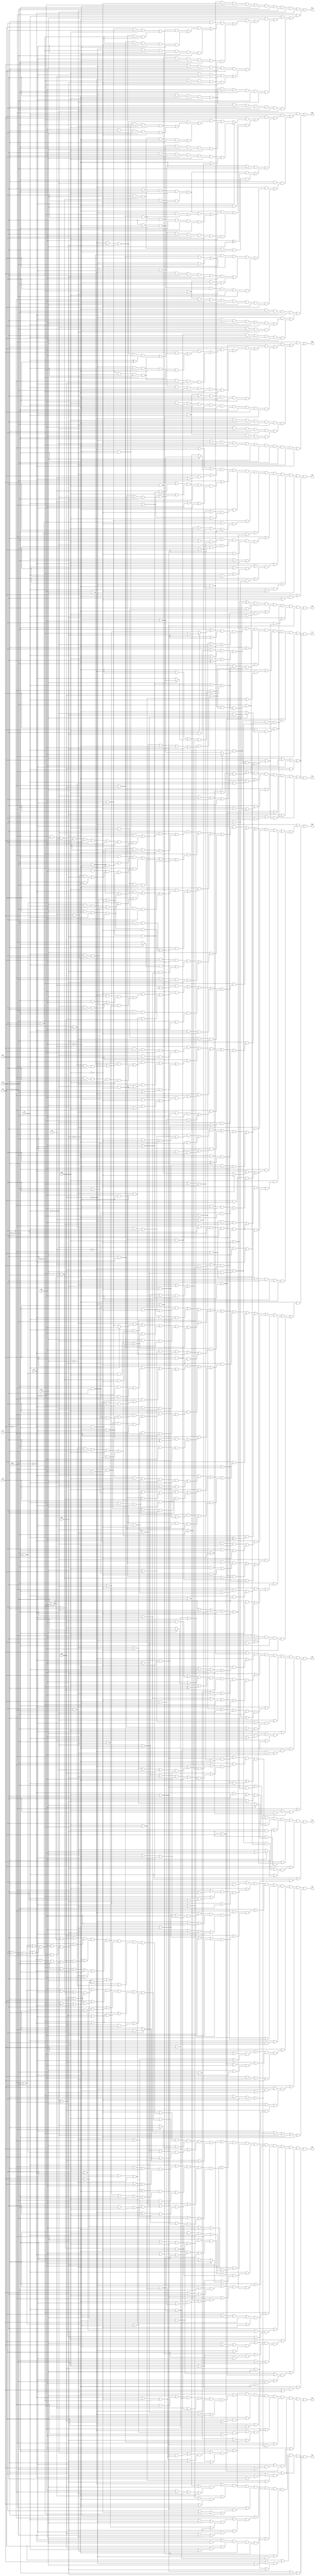
// Benchmark "misex3" written by ABC on Sat Apr 29 10:29:54 2023

module misex3 ( 
    x0, x1, x2, x3, x4, x5, x6, x7, x8, x9, x10, x11, x12, x13,
    f0, f1, f2, f3, f4, f5, f6, f7, f8, f9, f10, f11, f12, f13  );
  input  x0, x1, x2, x3, x4, x5, x6, x7, x8, x9, x10, x11, x12, x13;
  output f0, f1, f2, f3, f4, f5, f6, f7, f8, f9, f10, f11, f12, f13;
  assign f0 = (x1 | (~x13 & ~x12)) & (~x13 | (~x12 & (~x5 | x6 | x3 | ~x4))) & (x12 | ((x2 | (x13 & x5)) & (x5 | (x3 ? x4 : x13)) & (x10 | (~x9 ^ x7)) & (x8 | x7) & (~x2 | ~x5 | ~x3 | ~x4) & (~x11 | ~x8 | ~x10 | ~x9 | ~x7))) & (~x11 | ((~x10 | ~x9 | ~x7 | ~x6 | ~x8) & (x8 | x9 | x7))) & (~x6 | ((x2 | x3 | x4) & (x9 | ~x7 | ~x8 | x10))) & (x4 | ((x3 | (~x12 & (x5 | x6))) & (x0 | ~x12))) & (~x12 | ((x6 | (x7 & (x10 | ~x9))) & (~x0 | ~x3 | ~x4))) & (x11 | ((x10 | (x9 & (~x8 | x7))) & (~x9 | x7 | x8 | ~x10)));
  assign f1 = (~x8 | ((~x7 | ((~x6 | ((~x11 | ~x10 | ~x9) & (x10 | x9))) & (~x11 | ~x10 | ~x9 | x12))) & (x11 | x10 | x7))) & (~x12 | ((x3 | (~x1 & ~x4)) & (x6 | (x7 & (x10 | ~x9))) & (x0 | (x1 & x4)) & ~x13 & (x5 | ~x4 | ~x0 | ~x1))) & (x3 | (x2 & (x13 | x12))) & (~x13 | (x2 & (x1 | x5))) & (~x4 | ((~x0 | ((~x1 | ~x2 | ~x5) & (x2 | x5))) & (~x2 | ~x5 | x12 | (x13 & ~x1)))) & (x11 | ((x10 | x9) & (~x9 | x7 | x8 | ~x10))) & (x7 | ((x8 | (x12 & (~x11 | x9))) & (x10 | ~x9 | x12))) & (x5 | ((x4 | (x12 & (x1 | ~x2))) & (x2 | x12))) & (x10 | x9 | ~x7 | x12);
  assign f2 = (~x0 | ((x4 | ~x2 | x3) & (~x4 | ~x1 | ~x3 | ~x12))) & (x0 | ((x4 | ~x3 | ~x5) & (x1 | ~x12))) & (~x8 | ((~x7 | ((~x6 | ((x10 | x9) & (~x11 | ~x10 | ~x9))) & (~x11 | ~x10 | ~x9 | x12))) & (x11 | x10 | x7))) & (x11 | ((x10 | x9) & (x8 | ~x10 | ~x9 | x7))) & (~x5 | ((~x1 | ((x6 | ~x13 | x3) & (~x2 | ~x3 | x12))) & (x12 | (x4 & (x13 | ~x2 | ~x3))))) & (x5 | ((x4 | (~x2 & x3)) & (x2 | (x13 & (x6 | ~x3))) & ~x12 & (~x13 | x1))) & (~x12 | (~x13 & (x6 | (x7 & (x10 | ~x9))))) & (x2 | ((x1 | (~x13 & x3)) & (x13 | x3 | x12))) & (x7 | ((x8 | (x12 & (~x11 | x9))) & (x10 | ~x9 | x12))) & (x10 | x9 | ~x7 | x12);
  assign f3 = (x8 | (x7 & ~x12)) & (x10 | ((x11 | (x9 & x7)) & (~x9 | (x6 & (x7 | x12))) & (x9 | ~x6 | ~x7))) & (~x2 | ((~x1 | ((~x0 | ((~x5 | ~x3 | ~x4) & (x3 | ~x12 | x4))) & (~x13 | ~x5 | ~x4) & (x5 | ~x3 | x12 | x4))) & (x13 | ((~x5 | ~x3 | x12 | ~x4) & (x5 | x1 | x4))))) & (~x12 | (~x13 & (x0 | (x1 & (~x3 | x4))))) & (x6 | (x7 & x12)) & (x5 | ((~x13 | ((x1 | ~x4) & (~x3 | ~x1 | x4))) & (x13 | ((x12 | x2 | ~x4) & (x3 | x4))) & (x2 | ~x4 | ~x3 | x1))) & (x2 | ((x1 | (~x13 & (~x5 | x3))) & (x3 | x12 | (x13 & x4)))) & (~x8 | ~x11 | ~x9 | ~x6 | ~x10 | ~x7);
  assign f4 = (x11 | ((x9 | x10) & (x8 | ~x9 | ~x10 | ~x12))) & (~x2 | ((~x1 | ((~x0 | ((~x3 | ~x4 | ~x6 | ~x5) & (x3 | ~x12 | x4))) & (~x3 | x12 | ((~x6 | ~x5 | ~x4) & (x5 | x4))))) & (x13 | ((~x6 | ~x5 | ~x3 | x12 | ~x4) & (x1 | x5 | x4))))) & (~x12 | ((x0 | (x1 & (~x3 | x4))) & ~x13 & x6)) & (~x8 | ((x9 | x10) & (~x7 | ~x9 | ~x10))) & (x8 | ((~x11 | x7 | x9) & (x10 | x12))) & (x7 | (x10 & x12)) & (x1 | ((~x13 | (x2 & (x5 | ~x4))) & (x2 | (x5 ? x3 : (~x3 | ~x4))))) & (x2 | ((x12 | ((x13 | (x3 & (x5 | ~x4))) & (~x6 | x3 | x4))) & (x6 | (x5 ? (x3 | ~x4) : ~x3)))) & (x5 | x4 | (x6 & (x13 | x3)));
  assign f5 = (~x9 | ~x7 | ~x10 | (~x6 & x12)) & (x7 | (x10 & ~x12)) & (~x2 | ((~x1 | ((~x0 | ~x12 | (x3 ? (~x5 | ~x4) : x4)) & (~x3 | x12 | ((~x6 | ~x5 | ~x4) & (x5 | x4))))) & (x13 | ((x1 | x5 | x4) & (~x6 | ~x3 | ~x5 | ~x4 | x12))) & (x5 | x4 | x6 | x1))) & (~x12 | ((x0 | (x1 & (~x3 | x4))) & ~x13 & (x10 | x6))) & (x1 | ((~x13 | (x2 & (x5 | ~x4))) & (x2 | (x3 ? (x5 | ~x4) : ~x5)))) & (x12 | (x8 & (x2 | ((x13 | (x3 & (x5 | ~x4))) & (x6 | (x3 ? x5 : (~x5 | ~x4))) & (~x6 | x3 | x4))))) & (x9 | x10) & (x3 | x5 | x4 | (x13 & x6));
  assign f6 = (x11 | ((~x8 | x7 | x10) & (~x6 | ~x12 | x8 | ~x10))) & (~x2 | ((~x1 | ((~x0 | ~x12 | (x3 ? (~x5 | ~x4) : x4)) & (~x3 | x12 | ((x5 | x4) & (~x6 | ~x5 | ~x4))))) & (x13 | ((x1 | x5 | x4) & (~x6 | ~x3 | ~x5 | ~x4 | x12))) & (x5 | x4 | x6 | x1))) & (~x12 | ((x0 | (x1 & (~x3 | x4))) & ~x13 & (x6 | (x7 & x10)))) & (~x7 | (x9 & (~x8 | ~x10 | (~x6 & x12)))) & (x9 | (x8 & ~x10)) & (x12 | ((x7 | (x8 & x10)) & (x2 | ((x13 | (x3 & (x5 | ~x4))) & (x6 | (x3 ? x5 : (~x5 | ~x4))) & (~x6 | x3 | x4))))) & (x1 | ((~x13 | (x2 & (x5 | ~x4))) & (x2 | (x3 ? (x5 | ~x4) : ~x5)))) & (x3 | x5 | x4 | (x13 & x6));
  assign f7 = (~x7 | ((~x8 | (x10 ? (~x9 | x12) : (x9 | ~x6))) & (x10 | x9 | x12) & (~x10 | ~x9 | ~x6 | ~x12))) & (x7 | ((x8 | (x9 & x12)) & (x6 | ~x12) & (x10 | (x9 ^ ~x12)))) & (~x2 | ((~x1 | ((~x0 | ~x12 | (x3 ? (~x5 | ~x4) : x4)) & (~x3 | x12 | ((x5 | x4) & (~x6 | ~x5 | ~x4))))) & (x5 | x4 | x6 | x1) & (x13 | ((x1 | x5 | x4) & (~x6 | ~x3 | ~x5 | ~x4 | x12))))) & (~x12 | ((x0 | (x1 & (~x3 | x4))) & ~x13 & (x10 | ~x9 | x6))) & (x1 | ((x2 | (x3 ? (x5 | ~x4) : ~x5)) & (~x13 | (x2 & (x5 | ~x4))))) & (x2 | x12 | ((x6 | (x3 ? x5 : (~x5 | ~x4))) & (~x6 | x3 | x4) & (x13 | (x3 & (x5 | ~x4))))) & x11 & (x3 | x5 | x4 | (x13 & x6));
  assign f8 = (~x1 | ~x0 | (x3 ? (~x5 | ~x4) : (x4 | ~x2))) & (~x3 | (x2 & (x0 | x4))) & (~x2 | ((x1 | (x0 & (x5 | x4))) & (x10 | ((x6 | x11) & (x9 | ~x7 | ~x6 | ~x8))) & x12 & (x0 | x5 | x4))) & (~x5 | ((~x8 | x2 | ~x10) & (x6 | x11 | x10))) & ((x5 & x4) | ((x8 | x2 | ~x10) & (~x6 | ~x8 | x10 | x9 | ~x7))) & (~x7 | ((x8 | x2) & (~x9 | ~x6 | ~x8 | ~x11 | ~x10))) & (x11 | ((x7 | ((~x8 | x10) & (~x9 | x8 | ~x10))) & (~x6 | (x2 & (x9 | x10))) & (x2 | ~x10) & (x6 | ~x8 | x10))) & (~x11 | ((x10 | ((x6 | x2) & (~x9 | (x6 & x2)))) & (x7 | (x6 & (x9 | x8))))) & (x7 | ((~x8 | x2) & (x6 | ~x10))) & ~x13 & (x2 | (~x12 & (x9 | ~x10)));
  assign f9 = (x12 | ((~x10 | ((x13 | (x9 & (~x2 | ~x4))) & (x4 | ((x5 | ((~x1 | ~x2 | (~x8 & ~x7)) & (x6 | (x9 & x8 & x11)))) & (x2 | x8 | x7))) & (~x5 | ((x8 | x7) & (~x11 | ~x7 | ~x9 | ~x8))) & (~x9 | ~x8 | ~x11 | ~x7 | (~x3 & ~x4)) & (x9 | (x3 & (x1 | x2))) & (x3 | (x8 & x11)) & (x8 | x11 | x7))) & (x10 | ((x5 | ((~x1 | ~x2 | x4 | (~x9 & x7)) & (~x6 | x11 | x7))) & (x2 | ((~x6 | x11 | x7) & (x1 | ~x9 | ~x11))) & (x9 | ((x8 | ~x11) & (x6 | ~x7))) & (x7 | ((~x9 | ~x11) & (~x6 | x11 | x4))) & (~x9 | ~x11 | (x13 & x3)))) & (x3 | (x11 ? x7 : ~x6)) & (x1 | ((x5 | ~x4 | (~x8 & ~x7)) & (x2 | (x8 ? (x11 & x7) : ~x7)))) & (x13 | (x8 ? (x11 & x7) : ~x7)))) & (~x4 | ((x6 | ((x11 | x7 | x10) & (~x3 | x2 | x5))) & (((~x3 | ~x1 | ~x12) & (x9 | ~x6 | ~x8 | ~x7 | x10)) | (~x2 & x5)) & (~x7 | ((~x3 | ~x6 | ((~x1 | ~x2 | ~x5) & (x9 | ~x8 | x10))) & (~x13 | x9 | x10))) & (~x3 | ~x1 | ~x2 | ((~x5 | ~x6 | (~x11 & ~x10)) & (x8 | x7 | ~x10))))) & (~x3 | ((x1 | x2 | x5 | ~x12) & (x7 | x10 | x6 | x11))) & (x6 | ((x3 | ((x11 | ~x7 | x10) & (x1 | x2 | ~x5))) & ((~x12 & (x5 | ~x11 | x4)) | (x7 & (~x9 | x10))) & (x8 | x7 | ~x10) & (x11 | x10 | (x5 ? x7 : (x4 | ~x7))))) & (~x7 | ((~x13 | ((~x11 | ~x10 | ~x9 | ~x8) & (x1 | x9 | x10))) & (x9 | x10 | (x11 & (~x6 | ~x8 | (~x12 & (x4 | (x2 & ~x5)))))) & (~x9 | ~x6 | ~x8 | ~x11 | ~x10))) & (~x9 | ((x2 | ~x5 | x3 | x1) & (x8 | x11 | x7 | ~x10))) & (x9 | ((x8 | ~x11 | x7) & (~x6 | x11 | x10))) & (x7 | ((x2 | ((x3 | x1 | ~x5) & (~x13 | x8))) & (~x13 | x1 | ((x11 | x10) & (x8 | x4))) & (~x8 | x11 | x10))) & (x3 | ((x1 | x2 | ~x5 | (x8 & ~x10)) & (x4 | (~x2 & (x5 | ~x12))))) & (~x12 | (x0 & ~x13 & (x1 | x4)));
  assign f10 = (x11 & ((x3 & ((~x10 & x8 & ((x7 & ((x2 & ((~x4 & ((x1 & ((~x0 & ~x13 & x12 & x5 & (x6 ^ x9)) | (~x12 & ~x5 & x6 & ~x9))) | (~x13 & x6 & ~x9 & ~x12 & ~x5))) | (~x12 & ~x5 & x6 & ~x9 & ~x1 & x13 & x4))) | (~x13 & x4 & x6 & ~x5 & ~x2 & ~x9 & ~x12))) | (x4 & x6 & x9 & ~x12 & ~x5 & ~x7 & ((~x1 & x13 & x2) | (~x13 & ~x2))))) | (~x4 & x10 & x6 & x9 & ~x12 & ~x5 & ~x7 & ~x8 & x2 & (x1 | ~x13)))) | (~x13 & x10 & x9 & ~x12 & ~x2 & ~x3 & ((~x4 & ~x6 & ~x5 & x7 & x8) | (x4 & x6 & x5 & ~x7 & ~x8))))) | (~x13 & ~x10 & ~x6 & ~x9 & ~x12 & ~x5 & ~x7 & ~x8 & ~x2 & ~x3 & ~x11);
  assign f11 = (~x13 & ~x12 & ~x10 & ~x4 & ~x5 & ~x7 & ~x8 & ~x2 & ~x3 & ~x6 & ~x11) | (x11 & ((x6 & ((x3 & ((~x12 & ((x7 & x8 & ((x2 & (((x1 | ~x13) & ((x4 & x5 & x9 & x10) | (~x4 & ~x5 & ~x9 & ~x10))) | (~x1 & x13 & ~x9 & ~x10 & x4 & ~x5))) | (~x13 & ~x9 & ~x10 & x4 & ~x5 & ~x2))) | (x9 & x10 & x4 & ~x5 & ~x7 & ~x8 & ((~x13 & ~x2) | (~x1 & x13 & x2))))) | (x1 & ~x13 & x5 & x7 & x8 & x2 & ((x10 & x4 & x0 & x9) | (~x0 & ~x9 & x12 & ~x10 & ~x4))))) | (~x13 & x9 & ~x12 & x10 & x4 & x5 & ~x7 & ~x8 & ~x2 & ~x3))) | (~x13 & x9 & ~x12 & x10 & x4 & ~x5 & x7 & x8 & ~x2 & ~x3 & ~x6)));
  assign f12 = (x11 & ((x6 & ((x2 & ((x1 & (x4 ? (x9 & x5 & x7 & x8 & x3 & x10 & (~x12 | (x0 & ~x13))) : ((~x9 & ((~x0 & ~x13 & x12 & ((~x5 & ~x7 & ~x8 & ~x3 & x10) | (x5 & x7 & x8 & x3 & ~x10))) | (x8 & x3 & ~x10 & ~x12 & ~x5 & x7))) | (x9 & ~x12 & ~x5 & ~x7 & ~x8 & x3 & x10)))) | (~x12 & x3 & ((~x5 & ((((x9 & ~x7 & ~x8 & x10) | (~x9 & x7 & x8 & ~x10)) & ((~x13 & ~x4) | (~x1 & x13 & x4))) | (~x1 & x13 & x4 & x9 & ~x7 & x8 & ~x10))) | (~x13 & x4 & x9 & x5 & x7 & x8 & x10))))) | (~x13 & x4 & ~x12 & ~x2 & ((((x9 & ~x7 & ~x8 & x10) | (~x9 & x7 & x8 & ~x10)) & (x5 ^ x3)) | (x8 & x3 & ~x10 & x9 & ~x5 & ~x7))))) | (x7 & ~x6 & ((~x13 & ((~x4 & x3 & ~x10 & x2 & ((~x0 & x1 & x9 & x12 & x5 & x8) | (~x9 & ~x12 & ~x5 & ~x8))) | (x9 & ~x12 & ~x5 & x8 & ~x3 & x10 & ~x2))) | (~x9 & ~x12 & ~x1 & ~x4 & ~x5 & ~x8 & x3 & ~x10 & x2))))) | (~x12 & ~x7 & ~x8 & ~x10 & ~x11 & ((~x13 & ((x4 & x9 & x5 & x3 & x6 & x2) | (~x6 & ~x2 & ~x5 & ~x3))) | (x1 & x4 & x9 & x6 & x2 & x5 & x3)));
  assign f13 = (~x13 & ((x4 & ((x9 & ((~x6 & ((~x10 & x12) | (x11 & x3 & x0 & x1 & x2 & x8 & x5 & x7 & x10))) | (~x2 & ~x5 & x7 & ~x10 & ~x12))) | (~x9 & ((x11 & ~x7 & (~x8 | (~x2 & ~x5 & ~x12))) | (x2 & ((x3 & x5 & ((x0 & x1 & x12) | (x6 & ~x12))) | (x6 & x8 & x7 & ~x10))) | (x10 & ~x12 & ~x2 & ~x5) | (x6 & x8 & x7 & ~x10 & x12))) | (~x12 & ((x10 & ((~x11 & ((~x2 & ~x5) | (x3 & x2 & x6 & x5))) | (x2 & ((~x8 & ~x7) | (x3 & x6 & x5 & (~x8 | ~x7)))) | (~x5 & ~x7 & ~x2 & x8))) | (x7 & ((~x2 & ~x8 & ~x5) | (x3 & x2 & x6 & x5 & ~x10))))) | (x3 & ((x0 & x1 & x2 & x5 & ((x6 & (x10 ? ~x7 : x11)) | (x12 & (~x11 | ~x8)))) | (~x1 & ~x2 & ~x5 & x12))))) | (~x9 & ((x0 & ((x6 & x8 & x7 & ~x10 & x12) | (x11 & ~x8 & ~x7))) | (~x4 & ((~x10 & ((~x0 & x3 & ((~x8 & x5) | (~x6 & x8 & x7))) | (x6 & x8 & x7 & (~x3 | ~x2)))) | (~x3 & ~x5 & (x8 | x7)))) | (x11 & ~x8 & ~x7 & (~x2 | x5)) | (~x11 & x6 & ~x10) | (x10 & ~x12 & ~x3 & ~x2))) | (x12 & ((x0 & ((x1 & ~x3 & x2 & ~x4) | (~x6 & x9 & ~x10))) | (x9 & ((x6 & ((~x0 & ((x3 & ~x4) | (x7 & x10 & x11 & x8))) | (~x1 & x11 & x8 & x7 & x10))) | (~x3 & ((~x5 & ~x4) | (~x6 & ~x10))) | (~x6 & ~x10 & (~x2 | ~x8)))) | (~x0 & (~x1 | (~x4 & ((~x5 & ~x10) | (x3 & (~x7 | x10)))))) | (~x1 & ((~x3 & ~x2 & x5) | (x2 & ~x5 & ~x4))) | (~x6 & (~x7 | (~x11 & ~x10))))) | (~x3 & ((x9 & ((x11 & ((x7 & x10 & x6 & x8) | (~x2 & ~x10 & ~x12))) | (~x5 & ~x4 & x10 & (~x8 | ~x7)))) | (~x11 & ((~x5 & ~x4 & x10) | (~x2 & x8 & ~x12))) | (~x2 & ~x12 & (x8 ^ x7)) | (x7 & ~x10 & ~x5 & ~x4))) | (~x7 & ((~x11 & (x8 ? ~x10 : (x9 & x10))) | (x2 & ~x10 & ((~x1 & ~x5 & ~x4) | (x11 & x9 & ~x12))))) | (x10 & ((~x5 & ((~x1 & x2 & ~x4 & (x8 | x7)) | (x11 & x6 & x8 & x9 & x7))) | (x11 & x6 & x8 & x9 & x7 & (~x2 | ~x4)))) | (~x1 & x2 & ~x5 & x9 & ~x4 & ~x10))) | (~x12 & ((((x11 & x9 & ((~x7 & ~x10) | (x7 & x10 & x6 & x8))) | (~x7 & ~x10 & ~x11 & x6)) & (~x3 | ~x4)) | (~x2 & ((~x3 & (x6 ? ~x4 : (x5 & x4))) | (x6 & ((x11 & x8 & x9 & x7 & x10) | (~x11 & ~x7 & ~x10))) | (~x4 & ((~x8 & ~x7 & x10) | (~x9 & x7 & ~x10))) | (x3 & ~x6 & ~x5) | (~x1 & x13))) | (((~x8 & ~x7 & x10) | (~x9 & x7 & ~x10)) & ((x5 & (x3 | x2)) | ~x11 | (~x3 & ~x5) | (x1 & x4 & x13))) | (x13 & ((~x10 & ((x1 & ((~x8 & ~x9) | (x11 & x9 & ~x7))) | (~x1 & ((~x11 & ~x7) | (~x4 & x7 & x8 & ~x9))) | (~x11 & ~x6 & ~x7))) | (x10 & ((x8 & ((~x1 & ((~x5 & x4) | (x11 & x9 & x7))) | (x11 & ~x6 & x9 & x7))) | (~x9 & x4 & ~x1 & ~x5))) | (~x1 & ((~x5 & x4 & (x9 ^ ~x7)) | (~x8 & ~x4 & ~x7))))) | (x2 & ((~x11 & ((x5 & x4 & x10 & x1 & x3 & x6) | (~x6 & ~x7 & ~x10))) | (x10 & ((x1 & x3 & ((x6 & x5 & x4 & (~x8 | ~x7)) | (~x5 & ~x4 & (x8 | x7)))) | (x11 & ~x6 & x8 & x9 & x7))) | (x1 & x3 & ((x6 & x5 & x4 & (~x9 | (x7 & ~x10))) | (~x5 & ~x4 & ~x10 & (x9 | ~x7)))))) | (((x11 & x8 & x9 & x7 & x10) | (~x11 & ~x7 & ~x10)) & (x6 ^ x5)) | (~x11 & ((~x4 & x7 & ~x6 & ~x5) | (x8 & ~x7 & ~x10))) | (~x6 & (((~x7 | (~x5 & ~x4)) & ((~x8 & x10) | (x11 & x9 & ~x10))) | (x8 & ~x10 & ((~x5 & ~x4) | (~x9 & x7))) | (~x5 & ~x4 & x10 & (~x9 | ~x7)))) | (~x8 & ((~x10 & ((x11 & (~x7 | (~x9 & x4))) | (x6 & ~x9))) | (~x9 & ~x7 & x10))) | (x11 & x5 & x9 & ~x7 & ~x10)));
endmodule